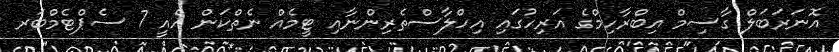
އޮނަރަބަލް ގާސިމް އިބްރާހިމްގެ އަރިހުގައި އިހްލާސްތެރިންނާއި ޓީމެއް ނެތްކަން އެއީ 7 ސެޕްޓެމްބަރ